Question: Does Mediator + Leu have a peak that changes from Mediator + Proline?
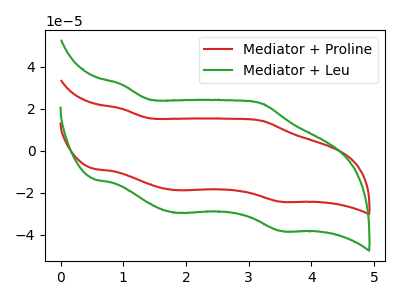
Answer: <think>The red curve "Mediator + Proline" has anodic peaks at (0.95V, 20.10uA) (3.20V, 14.30uA) and cathodic peaks at (1.85V, -18.75uA) (3.55V, -24.30uA). The green curve "Mediator + Leu" has anodic peaks at (0.95V, 31.65uA) (3.20V, 22.50uA) and cathodic peaks at (1.85V, -29.55uA) (3.55V, -38.25uA).
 All the peaks in "Mediator + Leu" have a peak in "Mediator + Proline" at the same potential. Every peak in "Mediator + Leu" is higher than every peak in "Mediator + Proline".</think>
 <answer>No, "Mediator + Leu" and "Mediator + Proline" don't appear to be significantly different in shape</answer>
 <eval>no_change</eval>